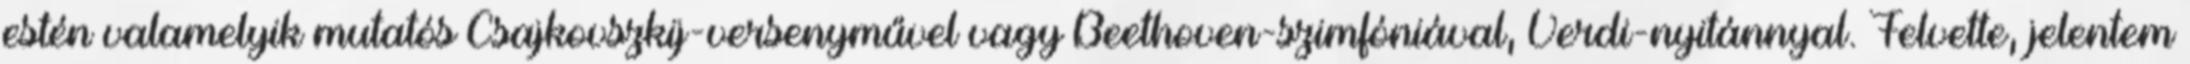
estén valamelyik mutatós Csajkovszkij-versenyművel vagy Beethoven-szimfóniával, Verdi-nyitánnyal. Felvette, jelentem